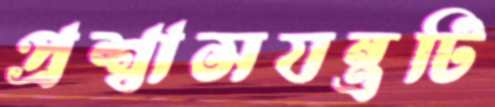
প্রশ্বাসযন্ত্রটি